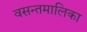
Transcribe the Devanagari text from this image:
वसन्तमालिका